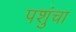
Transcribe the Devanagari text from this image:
पशुंचा